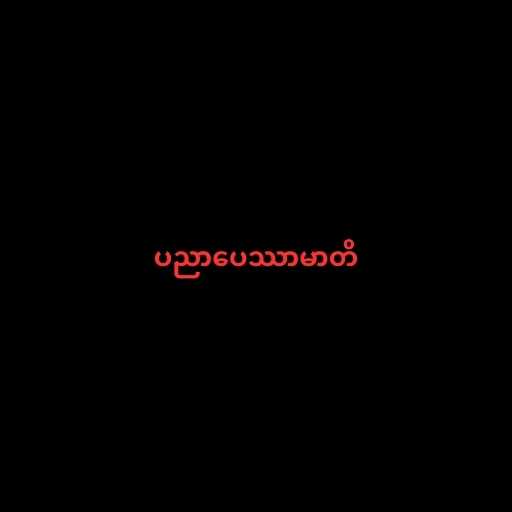
ပညာပေဿာမာတိ